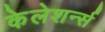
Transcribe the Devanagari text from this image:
केलेशर्न्स